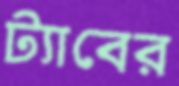
ট্যাবের